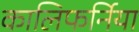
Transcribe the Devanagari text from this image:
कालिफर्निया